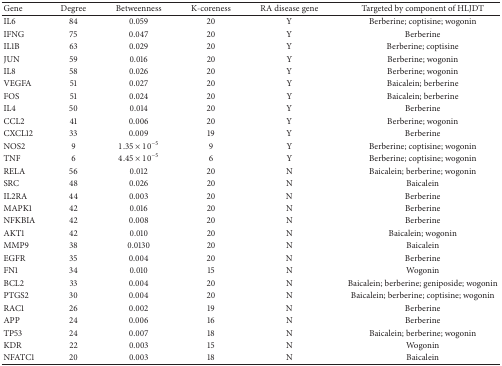
<table><thead><tr><td><b>Gene</b></td><td><b>Degree</b></td><td><b>Betweenness</b></td><td><b>K-coreness</b></td><td><b>RA disease gene</b></td><td><b>Targeted by component of HLJDT</b></td></tr></thead><tbody><tr><td>IL6</td><td>84</td><td>0.059</td><td>20</td><td>Y</td><td>Berberine; coptisine; wogonin</td></tr><tr><td>IFNG</td><td>75</td><td>0.047</td><td>20</td><td>Y</td><td>Berberine</td></tr><tr><td>IL1B</td><td>63</td><td>0.029</td><td>20</td><td>Y</td><td>Berberine; coptisine</td></tr><tr><td>JUN</td><td>59</td><td>0.016</td><td>20</td><td>Y</td><td>Berberine; wogonin</td></tr><tr><td>IL8</td><td>58</td><td>0.026</td><td>20</td><td>Y</td><td>Berberine; wogonin</td></tr><tr><td>VEGFA</td><td>51</td><td>0.027</td><td>20</td><td>Y</td><td>Baicalein; berberine</td></tr><tr><td>FOS</td><td>51</td><td>0.024</td><td>20</td><td>Y</td><td>Baicalein; berberine</td></tr><tr><td>IL4</td><td>50</td><td>0.014</td><td>20</td><td>Y</td><td>Berberine</td></tr><tr><td>CCL2</td><td>41</td><td>0.006</td><td>20</td><td>Y</td><td>Berberine; wogonin</td></tr><tr><td>CXCL12</td><td>33</td><td>0.009</td><td>19</td><td>Y</td><td>Berberine</td></tr><tr><td>NOS2</td><td>9</td><td>1.35 × 10<sup>−5</sup></td><td>9</td><td>Y</td><td>Berberine; coptisine; wogonin</td></tr><tr><td>TNF</td><td>6</td><td>4.45 × 10<sup>−5</sup></td><td>6</td><td>Y</td><td>Berberine; coptisine; wogonin</td></tr><tr><td>RELA</td><td>56</td><td>0.012</td><td>20</td><td>N</td><td>Baicalein; berberine; wogonin</td></tr><tr><td>SRC</td><td>48</td><td>0.026</td><td>20</td><td>N</td><td>Baicalein</td></tr><tr><td>IL2RA</td><td>44</td><td>0.003</td><td>20</td><td>N</td><td>Berberine</td></tr><tr><td>MAPK1</td><td>42</td><td>0.016</td><td>20</td><td>N</td><td>Berberine</td></tr><tr><td>NFKBIA</td><td>42</td><td>0.008</td><td>20</td><td>N</td><td>Berberine</td></tr><tr><td>AKT1</td><td>42</td><td>0.010</td><td>20</td><td>N</td><td>Baicalein; wogonin</td></tr><tr><td>MMP9</td><td>38</td><td>0.0130</td><td>20</td><td>N</td><td>Baicalein</td></tr><tr><td>EGFR</td><td>35</td><td>0.004</td><td>20</td><td>N</td><td>Berberine</td></tr><tr><td>FN1</td><td>34</td><td>0.010</td><td>15</td><td>N</td><td>Wogonin</td></tr><tr><td>BCL2</td><td>33</td><td>0.004</td><td>20</td><td>N</td><td>Baicalein; berberine; geniposide; wogonin</td></tr><tr><td>PTGS2</td><td>30</td><td>0.004</td><td>20</td><td>N</td><td>Baicalein; berberine; coptisine; wogonin</td></tr><tr><td>RAC1</td><td>26</td><td>0.002</td><td>19</td><td>N</td><td>Berberine</td></tr><tr><td>APP</td><td>24</td><td>0.006</td><td>16</td><td>N</td><td>Berberine</td></tr><tr><td>TP53</td><td>24</td><td>0.007</td><td>18</td><td>N</td><td>Baicalein; berberine; wogonin</td></tr><tr><td>KDR</td><td>22</td><td>0.003</td><td>15</td><td>N</td><td>Wogonin</td></tr><tr><td>NFATC1</td><td>20</td><td>0.003</td><td>18</td><td>N</td><td>Baicalein</td></tr></tbody></table>